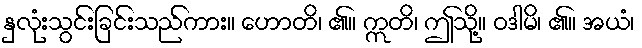
နှလုံးသွင်းခြင်းသည်ကား။ ဟောတိ၊ ၏။ ဣတိ၊ ဤသို့။ ဝဒါမိ၊ ၏။ အယံ၊